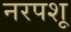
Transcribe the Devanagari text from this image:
नरपशू